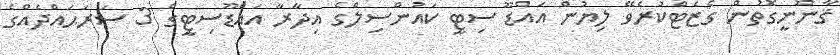
ޤާނޫނީގޮތުން ގެޒެޓްކުރެވޭ ލިޔުން އައްޑޫ ސިޓީ ކައުންސިލްގެ އިދާރާ އައްޑޫސިޓީގެ 3 ސަރަޙައްދެއްގެ